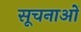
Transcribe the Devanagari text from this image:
सूचनाओें